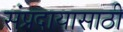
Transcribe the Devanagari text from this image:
संप्रदायासाठी